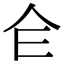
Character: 仺